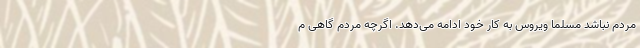
مردم نباشد مسلما ویروس به کار خود ادامه می‌دهد. اگرچه مردم گاهی م